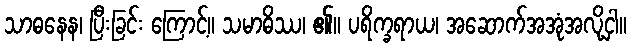
သာဓနေန၊ ပြီးခြင်း ကြောင့်။ သမာဓိဿ၊ ၏။ ပရိက္ခရာယ၊ အဆောက်အအုံအလို့ငှါ။